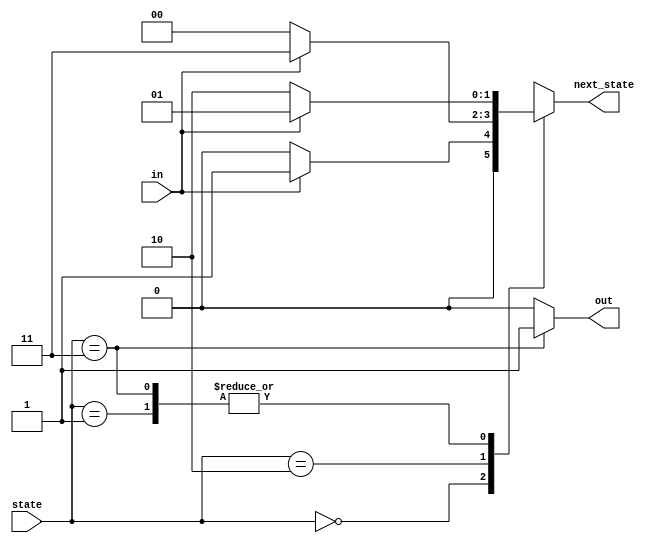
module top_module(
    input in,
    input [1:0] state,
    output [1:0] next_state,
    output out); //

    parameter A=0, B=1, C=2, D=3;

    // State transition logic: next_state = f(state, in)
    always @(*) begin
        // State transition logic
        case (state)
            A: next_state <= in ? B : A;
            B: next_state <= in ? B : C;
            C: next_state <= in ? D : A;
            D: next_state <= in ? B : C;
        endcase
    end

    // Output logic:  out = f(state) for a Moore state machine
    assign out = (state == D ? 1'b1 : 1'b0);

endmodule